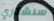
سنشتري